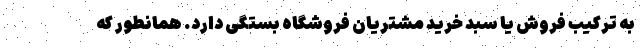
به ترکیب فروش یا سبد خرید مشتریان فروشگاه بستگی دارد. همانطور که